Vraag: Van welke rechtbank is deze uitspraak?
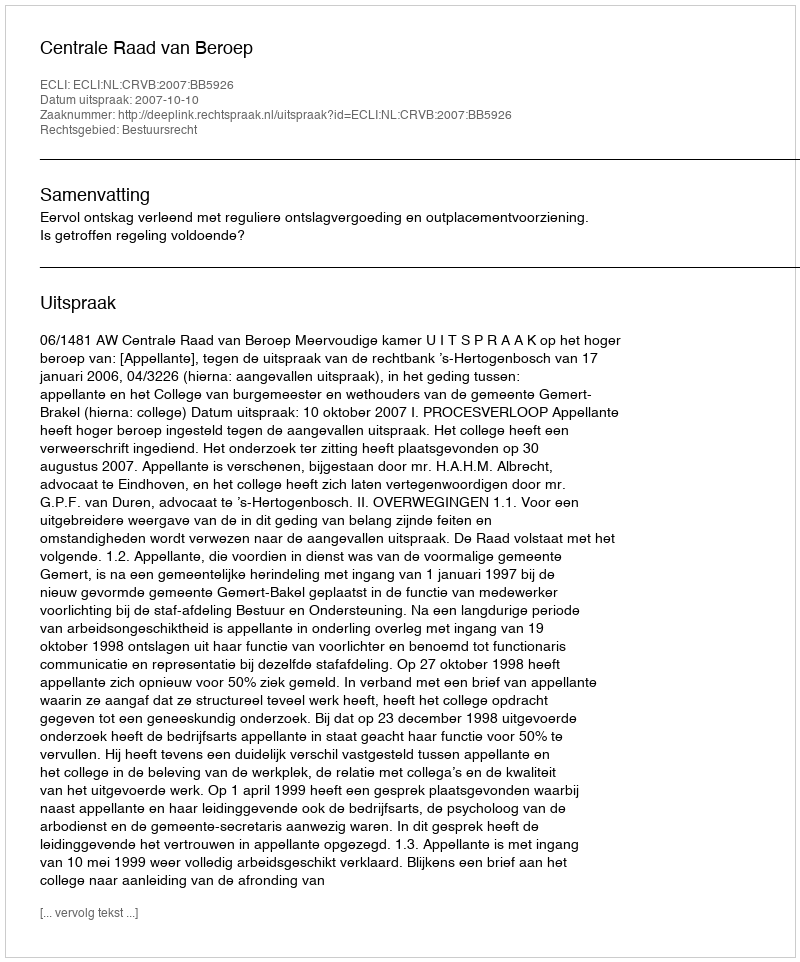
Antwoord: Centrale Raad van Beroep